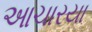
આચારયા